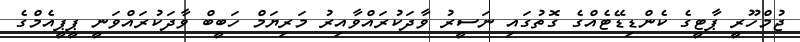
ޖުމްހޫރީ ޕާޓީގެ ކެންޑިޑޭޓެއްގެ ގޮތުގައި ނަސީރު ވާދަކުރައްވާއިރު މަރިޔަމް ހަބީބް ވާދަކުރައްވަނީ ޕީޕީއެމްގެ